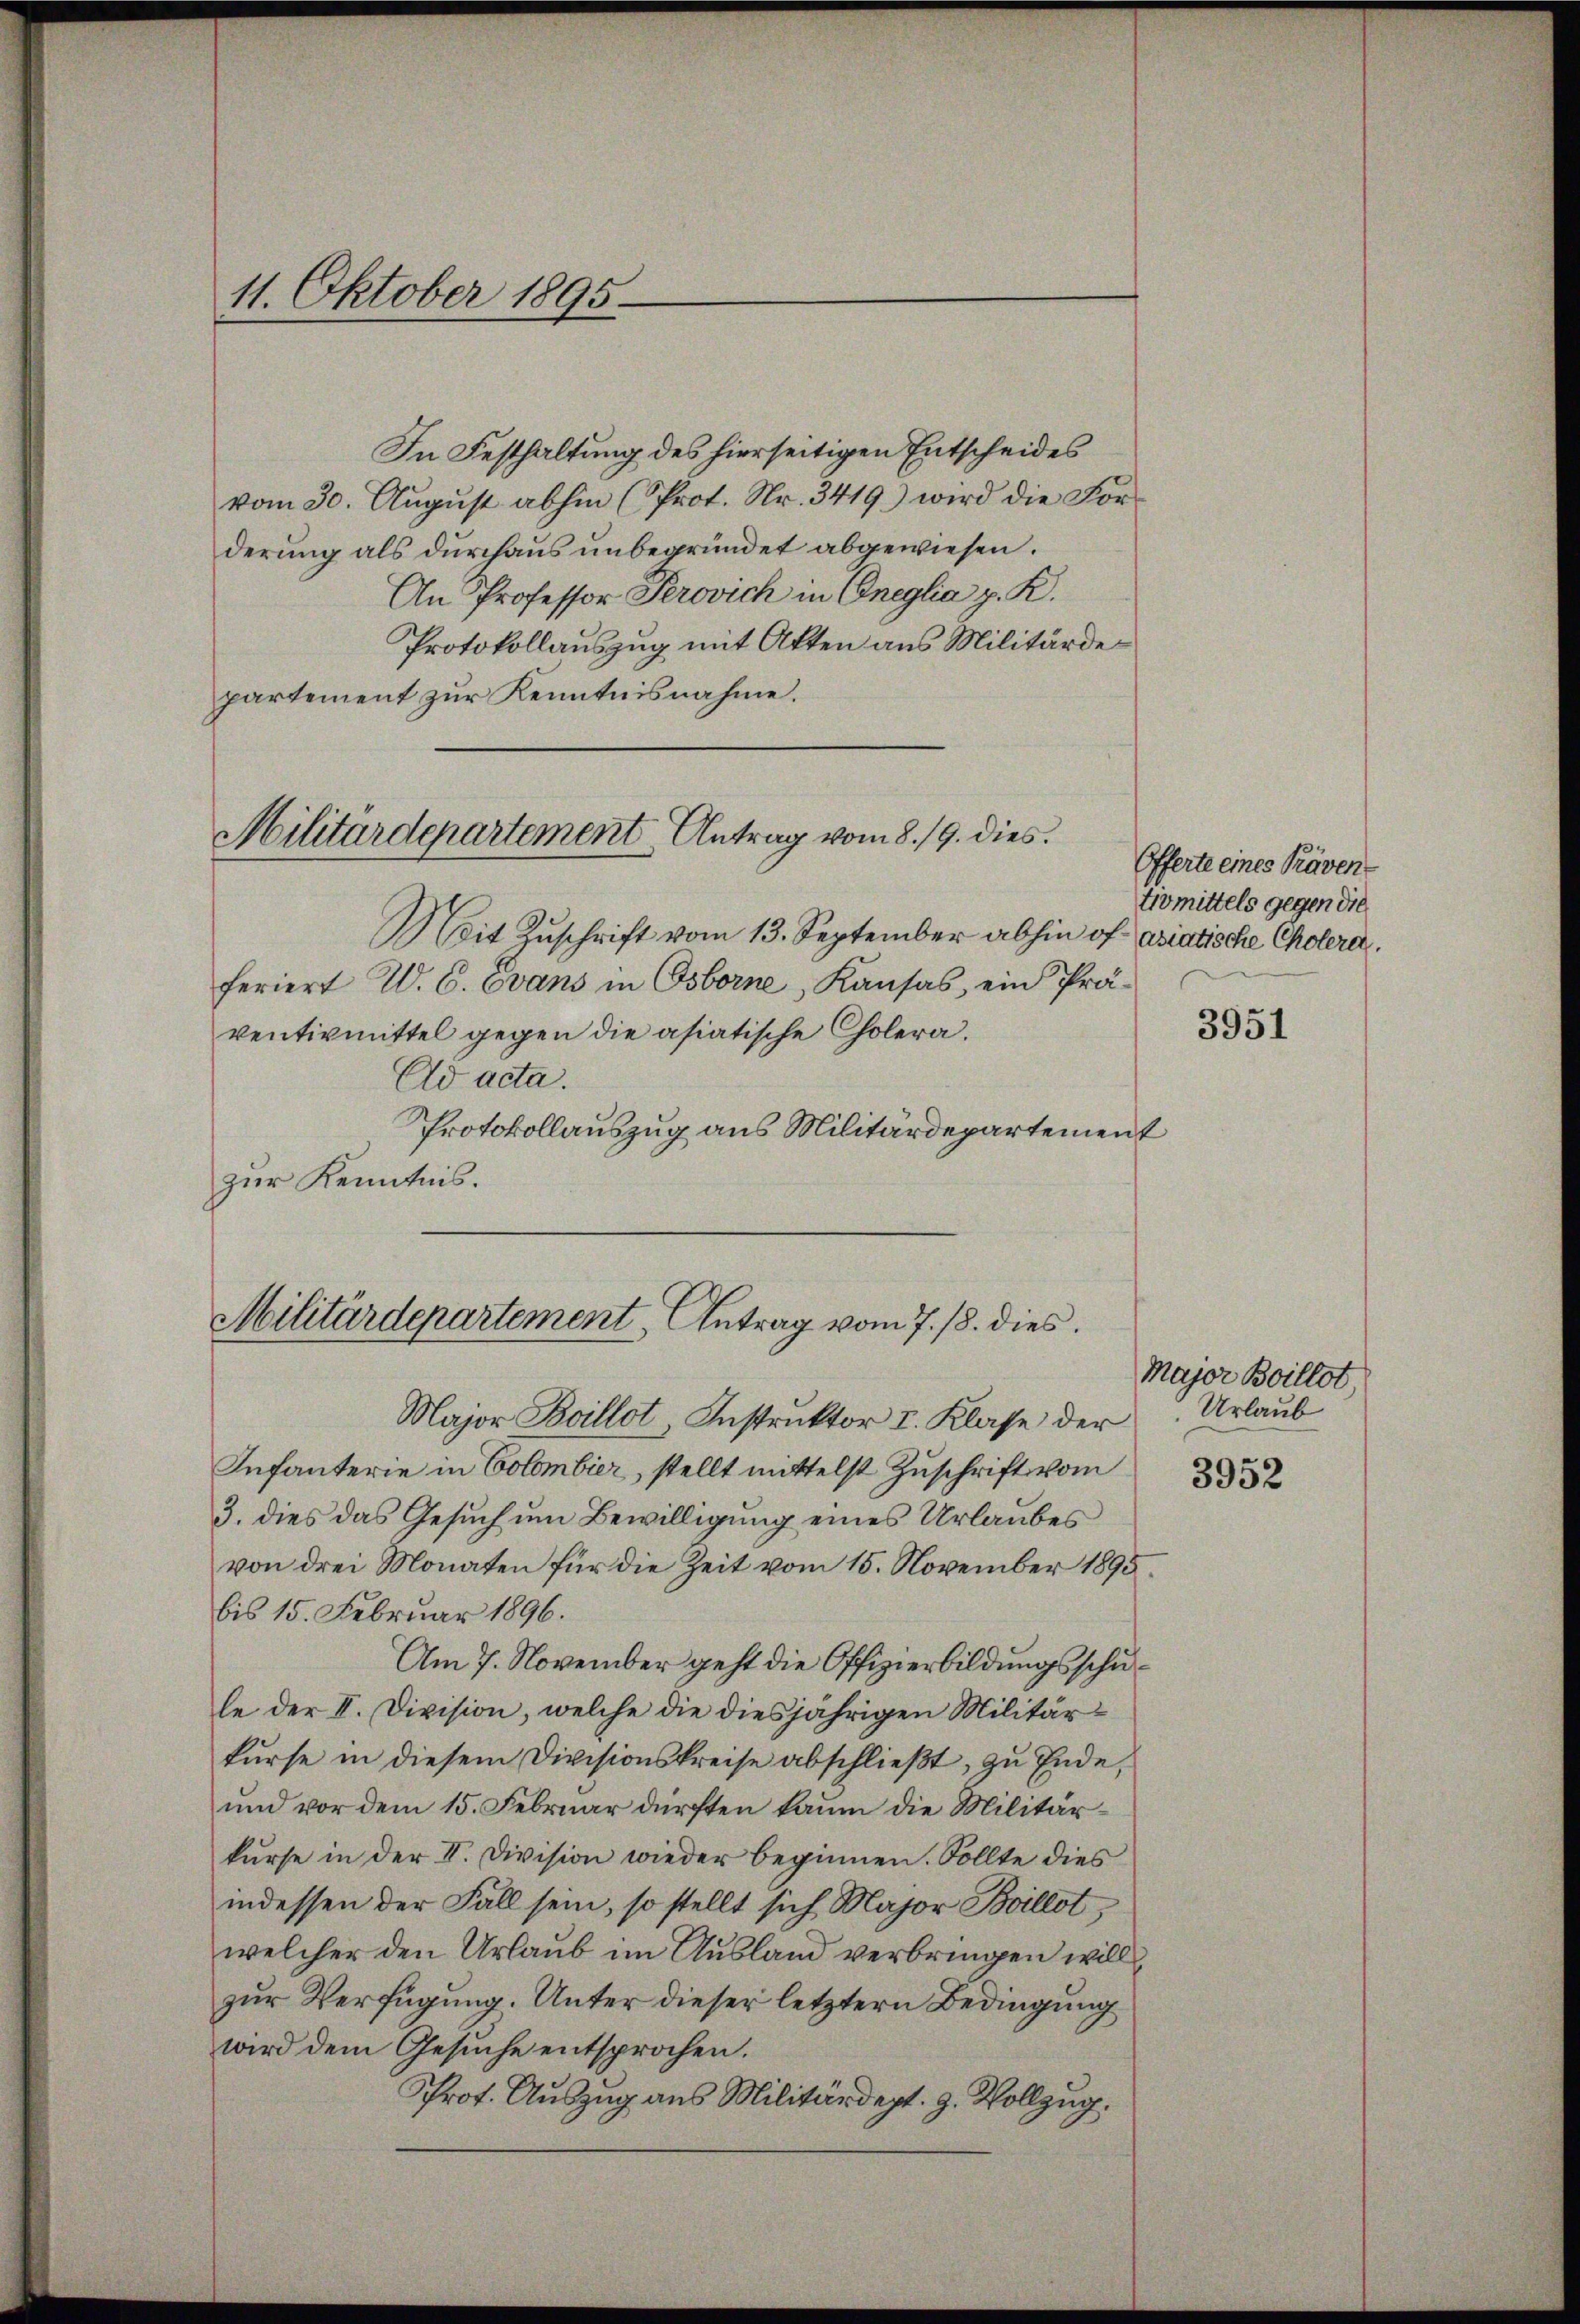
11. Oktober 1895

In Festhaltung des hierseitigen Entscheides
vom 30. Aŭgŭst abhin (Prot. Nr. 3419) wird die Forderung als durchaus unbegründet abgewiesen.
An Professor Perovich in Oneglia p. K.
Protokollauszug mit Akten aus Militärdepartement zur Kenntnisnahme.

Militärdepartement Antrag vom 8./9. dies

Mit Zŭschrift vom 13. September abhin of- asiatische Cholerar.
feriert W. C. Evans in Osborne, Kausas, ein Prä-
ventivmittel gegen die asiatische Cholera.
Cd acta.
Protokollauszug aus Militärdepartement
zur Kenntnis.

Militärdepartement Antrag vom 7. 18. dies

Major Boillot Instruktor I. Klasse der
Infanterie in Colombier, stellt mittelst Zuschrift vom
3. dies das Gesuch um Bewilligung eines Urlaubes
von drei Monaten für die Zeit vom 15. November 1895.
bis 15. Februar 1896.
Am 7. November geht die Offizierbildungsschule der II. Division, welche die diesjährigen Militärkurse in diesem Divisionskreise abschlieβt, zu Ende,
und vor dem 15. Februar dürften kaum die Militärkurse in der II. Division wieder beginnen. Sollte dies
indessen der Fall sein, so stellt sich Major Boillot,
welcher den Urlaub im Ausland verbringen will
zur Verfügung. Unter dieser letztern Bedingung
wird dem Gesuche entsprochen.
Prot. Auszug aus Militärdept. 9. Vollzug.

Offerte eines Präven
tromittels gegen die

3951

Major Boillot
Urlaub

3952